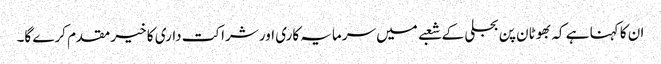
ان کا کہنا ہے کہ بھوٹان پن بجلی کے شعبے میں سرمایہ کاری اور شراکت داری کا خیر مقدم کرے گا۔